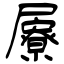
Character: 屪